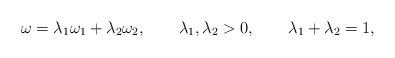
LaTeX: \begin{align*}\omega = \lambda_1 \omega_1 + \lambda_2 \omega_2,\qquad \lambda_1,\lambda_2>0,\qquad \lambda_1 +\lambda_2 =1,\end{align*}